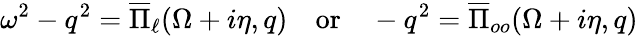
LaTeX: \omega^{2}-q^{2}=\overline{{\Pi}}_{\ell}(\Omega+i\eta,q)\quad\mathrm{or}\quad-q^{2}=\overline{{\Pi}}_{oo}(\Omega+i\eta,q)